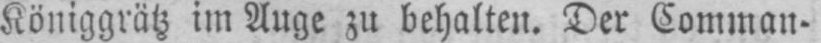
Königgrätz im Auge zu behalten. Der Comman-